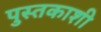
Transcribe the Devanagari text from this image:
पुस्तकाशी